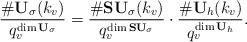
LaTeX: \begin{align*}\frac{\# \mathbf{U}_\sigma(k_v)}{q_v^{\dim \mathbf{U}_\sigma}} = \frac{\# \mathbf{SU}_\sigma(k_v)}{q_v^{\dim \mathbf{SU}_\sigma}} \cdot \frac{\# \mathbf{U}_h(k_v)}{q_v^{\dim \mathbf{U}_h}}. \end{align*}